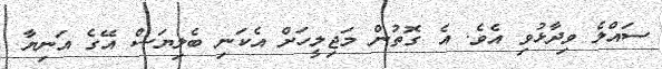
ސައްލެ ވިދާޅުވި އެވެ. އެ ގޮތުން މަޖިލީހަށް އެކަނި ބެލިޔަސް އޭގެ އަނިޔާ